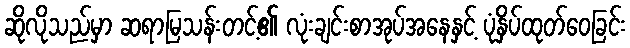
ဆိုလိုသည်မှာ ဆရာမြသန်းတင့်၏ လုံးချင်းစာအုပ်အနေနှင့် ပုံနှိပ်ထုတ်ဝေခြင်း